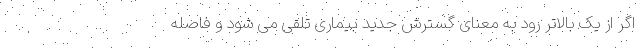
اگر از یک بالاتر رود به معنای گسترش جدید بیماری تلقی می شود و فاصله